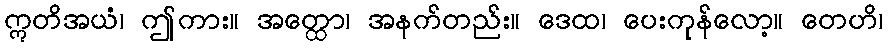
ဣတိအယံ၊ ဤကား။ အတ္ထော၊ အနက်တည်း။ ဒေထ၊ ပေးကုန်လော့။ တေဟိ၊